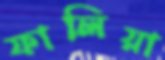
ফালিয়া